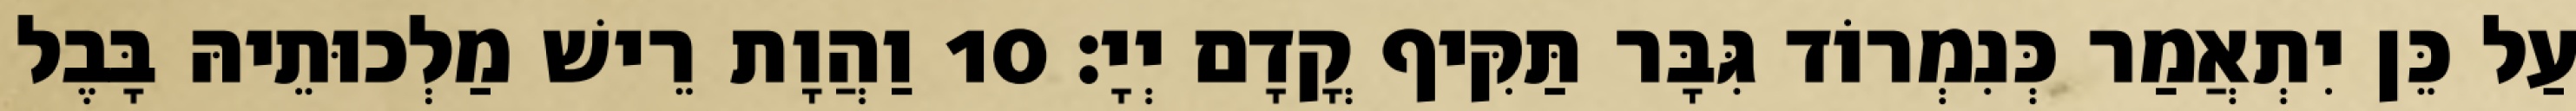
עַל כֵּן יִתְאֲמַר כְּנִמְרוֹד גִּבָּר תַּקִּיף קֳדָם יְיָ׃ 10 וַהֲוָת רֵישׁ מַלְכוּתֵיהּ בָּבֶל